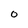
Character: 0